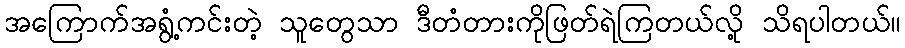
အကြောက်အရွံ့ကင်းတဲ့ သူတွေသာ ဒီတံတားကိုဖြတ်ရဲကြတယ်လို့ သိရပါတယ်။